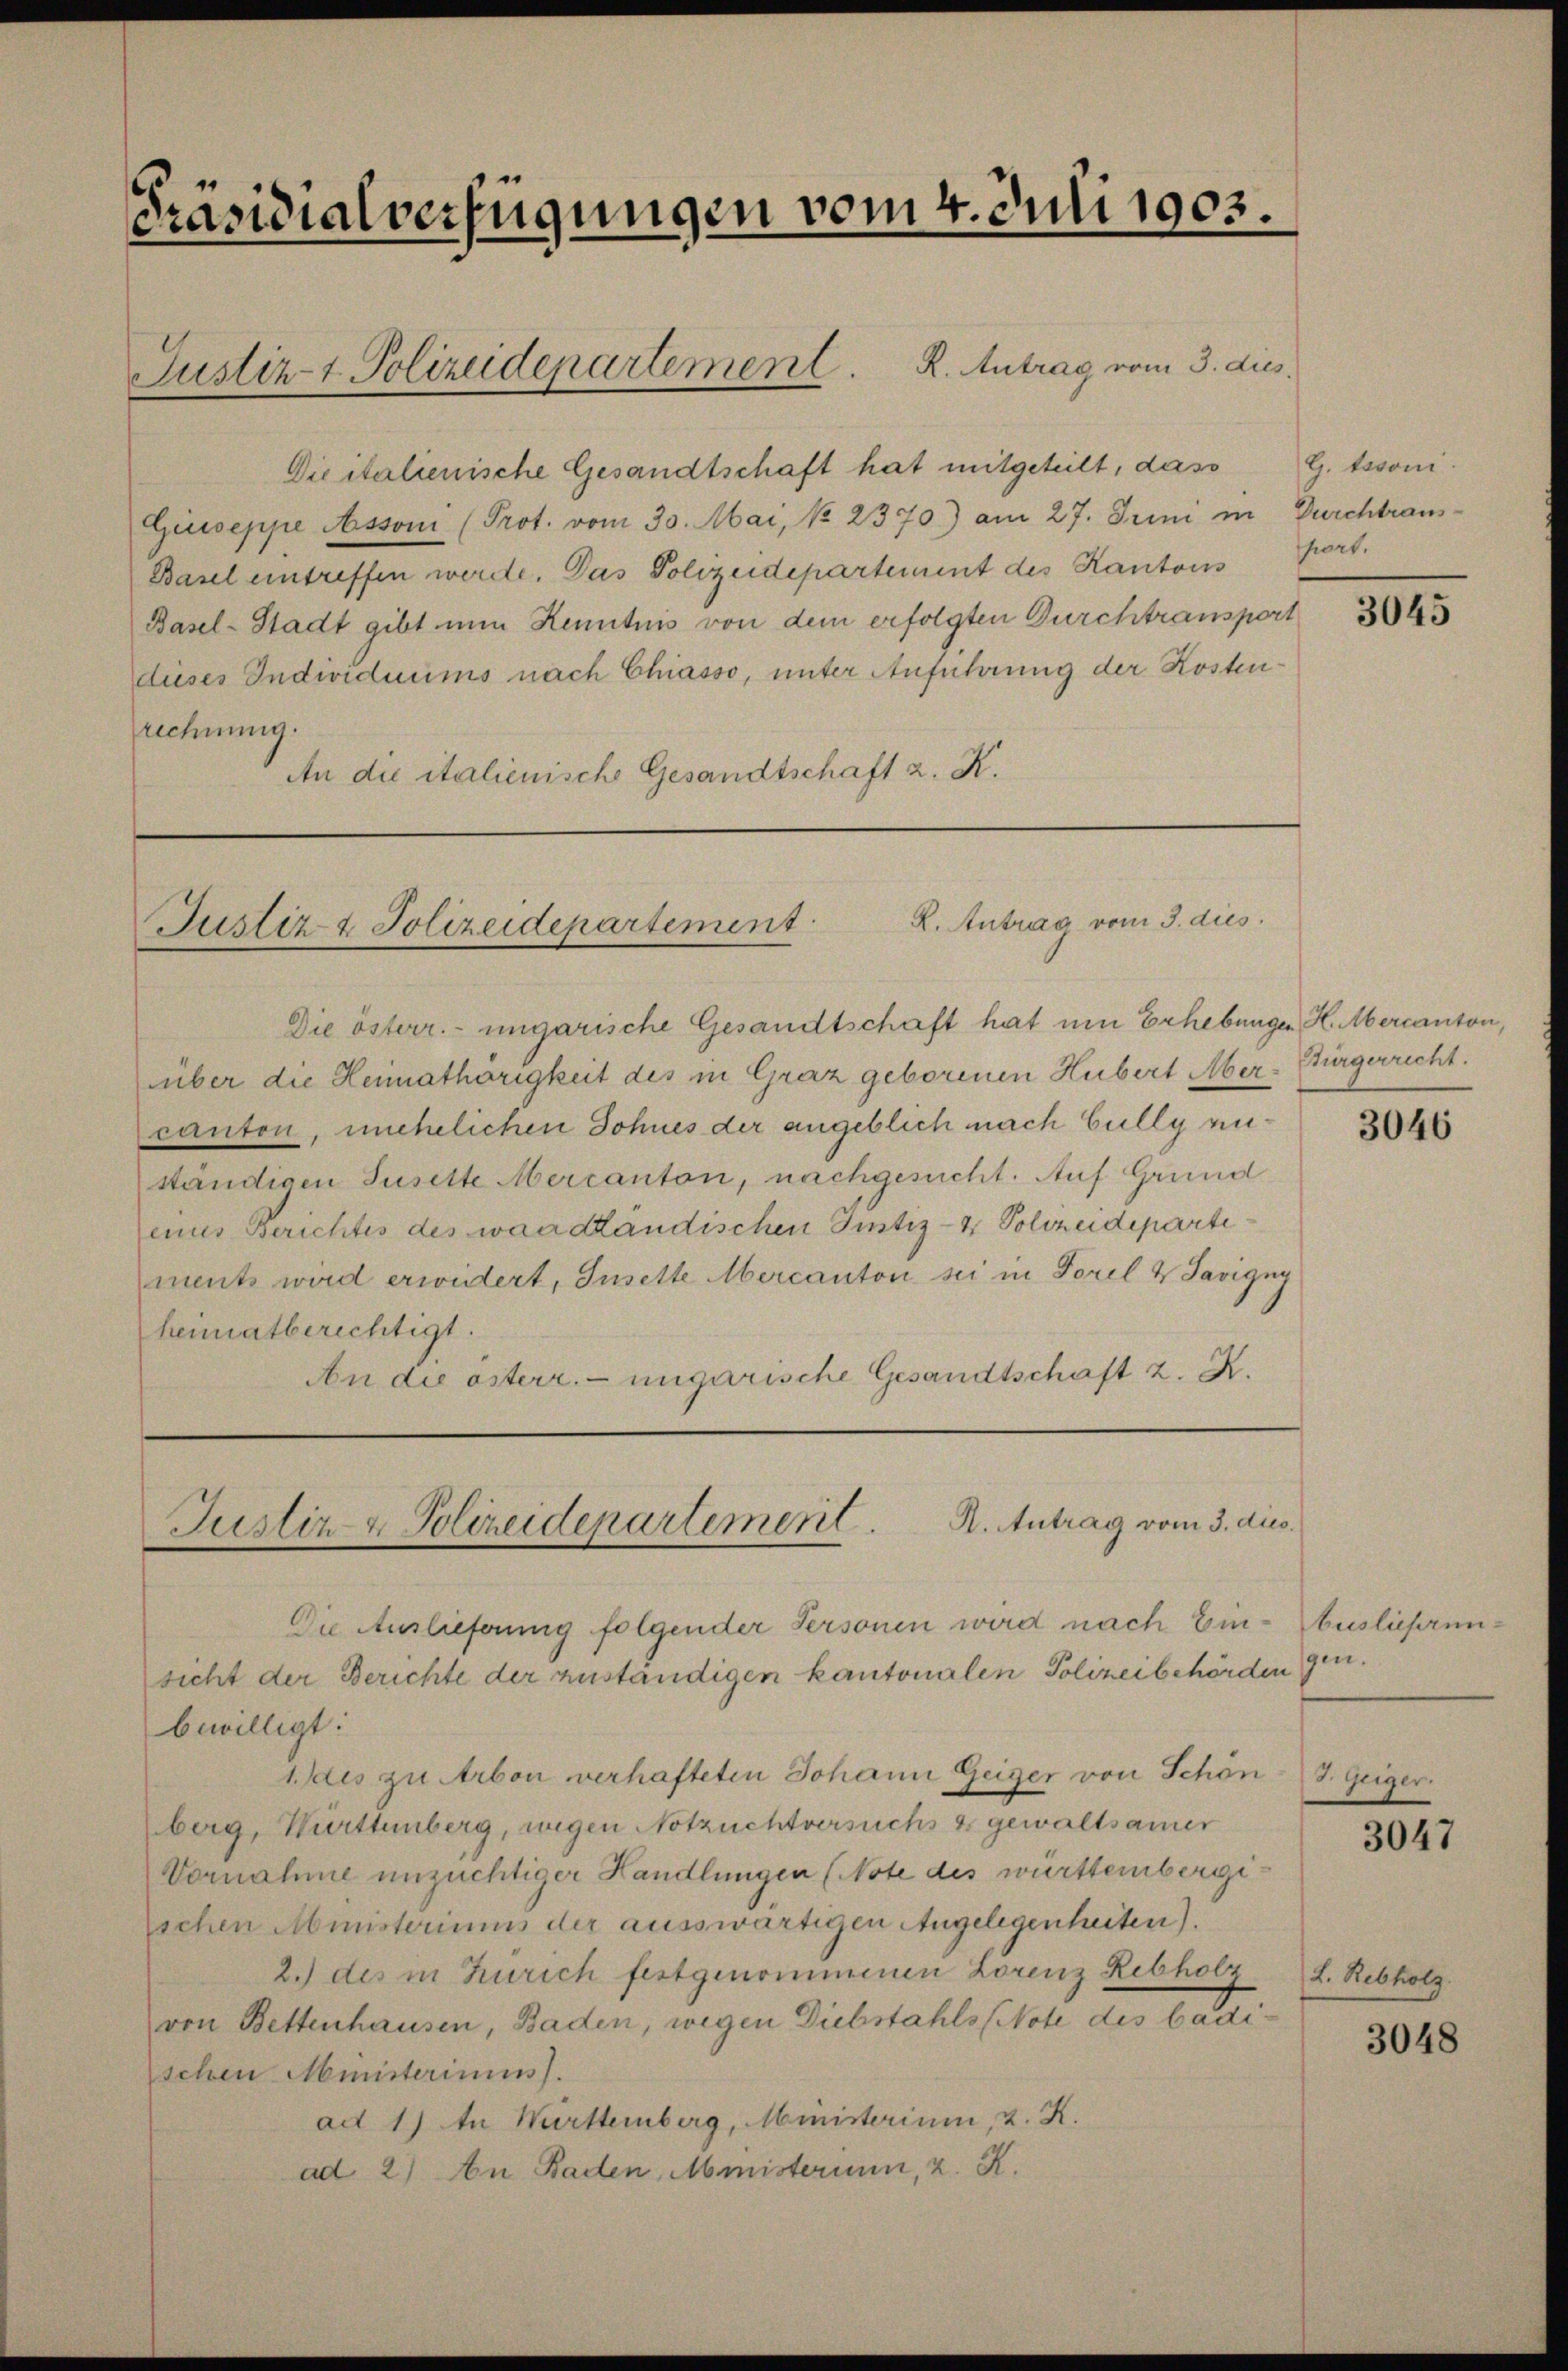
Präsidialverfügungen vom 4. Juli 1903.

Die italienische Gesandtschaft hat mitgeteilt, das
Giuseppe Asson (Prot. vom 30. Mai, No. 2370) am 27. Juni in
Basel eintreffen werde. Das Polizeidepartement des Kantons
Basel-Stadt gibt nun Kenntnis von dem erfolgten Durchtransport
dieses Individuums nach Chiasso, unter Anführung der Kostenrechnung.
An die italienische Gesandtschaft z. K.

Justiz- & Polizeidepartement. K. Antrag vom 3. dies

R. Antrag vom 3. dies
Justiz- & Polizeidepartement

Die österr. ungarische Gesandtschaft hat um Erhebungen H. Mercanton,
über die Heimathörigkeit des in Graz geborenen Hubert Mer-Bürgerrecht.
canton, unehelichen Sohnes der angeblich nach bully miständigen Juselte Mercanton, nachgesucht. Auf Grund
eines Berichtes des waadtändischen Sintiz- & Polizeidepartiments wird erwidert, Inselte Mercanton sei in Forel & Savigny
hematberichtigt.
An die österr. ungarische Gesandtschaft z. B.

Justiz- & Polizeidepartement. A. Antrag vom 3. dies
Die Auslieferung folgender Personen wird nach Ein- Auslieferun
sicht der Berichte der zuständigen kantonalen Polizeibehörden

bewilligt:
Ides zu Arbon verhafteten Johann Geiger von Schön
berg, Württenberg, wegen Notzuchtversuchs & gewaltsamer
Vornahme unzüchtiger Handlungen (Note des württembergi¬
Eschen Ministeriums der ausswärtigen Angelegenheiten).
2.) des in Zürich festgenommenen Lorenz Rebholz L. Rebholz.
von Bettenhausen, Baden, wegen Diebstahls (Note des badischen Ministerium).
ad 1) In Wirttemberg, Ministerium, 2. K.
ad 2.) An Baden, Ministerium, z. K.

G. besoni.
Durchtraus-
hort.

3045

3046

gen.
8. Geiger.

3047

3048